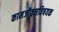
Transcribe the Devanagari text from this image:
कामजीवनविषयक